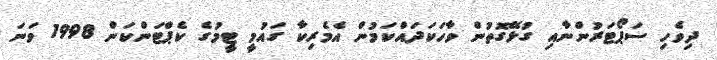
ދިވެހި ސަޕޯޓަރުންނާއި ގުޅޭގޮތުން ވާހަކަދައްކަމުން އެމެރިކާ ގައުމީ ޓީމުގެ ކެޕްޓަންކަން 1998 ވަނަ